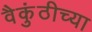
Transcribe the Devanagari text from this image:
वैकुंठीच्या